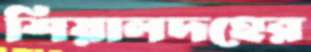
শিয়ালদহের